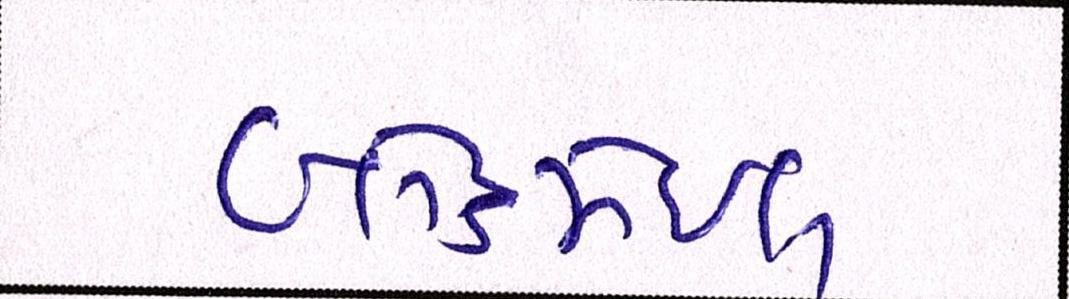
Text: બ્લેકમેઈલ